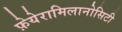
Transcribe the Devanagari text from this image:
फ़ेयेरामिलानोसिटी